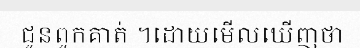
ជូនពួកគាត់ ។ដោយមើលឃើញថា